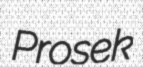
Prosek